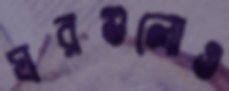
ঘরগুলোও